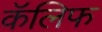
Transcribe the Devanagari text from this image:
कॅलिफ